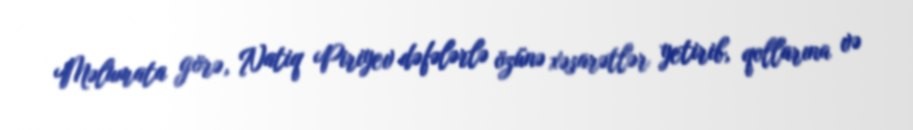
Məlumata görə, Natiq Piriyev dəfələrlə özünə xəsarətlər yetirib, qollarına və